Lunatic asylums Central Provinces reports 1910-1926 - 1910-1926
Year: 1910
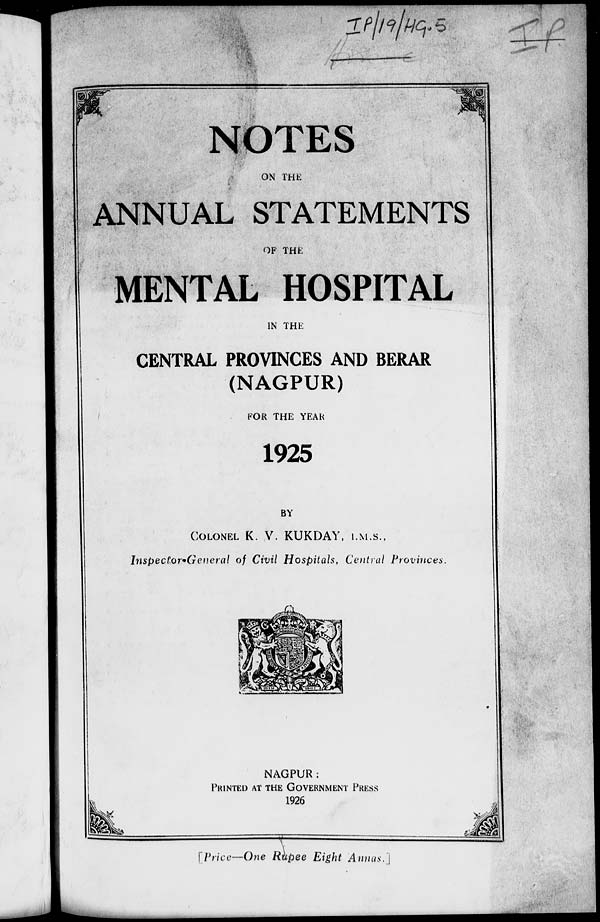
NOTES
ON THE
ANNUAL STATEMENTS
OF THE
MENTAL HOSPITAL
IN THE
CENTRAL PROVINCES AND BERAR
(NAGPUR)
FOR THE YEAR
1925
BY
COLONEL K. V. KUKDAY, I.M.S.,
Inspector-General
of Civil Hospitals, Central
Provinces.
NAGPUR:
PRINTED AT THE GOVERNMENT PRESS
1926
[Price—One Rupee Eight Annas.]